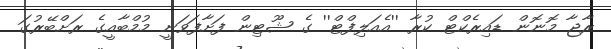
ރާޖާ މޮނޮން ޑައިރެކްޓް ކުރާ ''އެއަލިފްޓް'' ގެ ޝޫޓިން ފަށާފަވަނީ މުމްބާއީގެ ރަށްބޭރުގަ